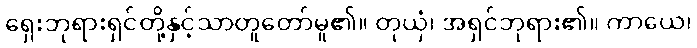
ရှေးဘုရားရှင်တို့နှင့်သာတူတော်မူ၏။ တုယှံ၊ အရှင်ဘုရား၏။ ကာယေ၊